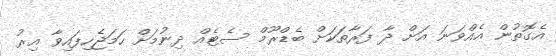
އެގޮތުން އެއްވަނަ އަށް ދާ ފަރާތަކަށް ބެޑްރޫމް ސެޓެއް ދިނުމަށް ހަމަޖެހިފައިވާ އިރު